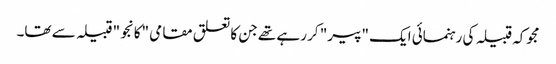
مجوکہ قبیلہ کی رہنمائی ایک "پیر" کر رہے تھے جن کا تعلق مقامی "کانجو" قبیلہ سے تھا۔